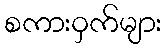
စကားဝှက်များ